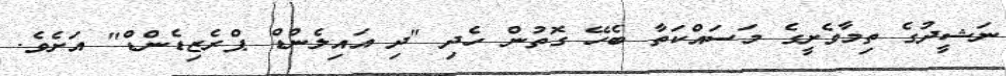
ނަޝީދުގެ ތިމާވެށީގެ މަސައްކަތާ ބެހޭ ގޮތުން ހެދި "ދި އައިލެންޑް ޕްރެޒިޑެންޑް" އަށެވެ.